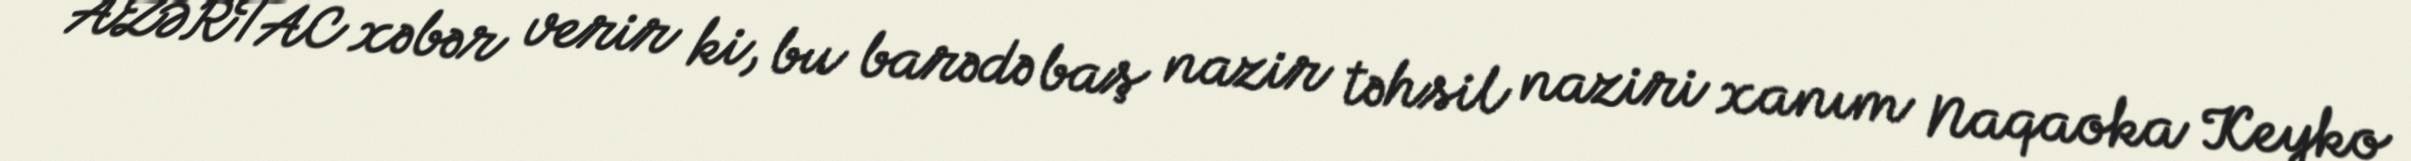
AZƏRTAC xəbər verir ki, bu barədə baş nazir təhsil naziri xanım Naqaoka Keyko